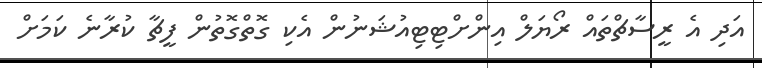
އަދި އެ ރީސާޗްތައް ރޯޔަލް އިންށްޓިޓިއުޝަނުން އެކި ގޮތްގޮތުން ފީޗާ ކުރާނެ ކަމަށް